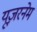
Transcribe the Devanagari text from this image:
यूज़रनेम